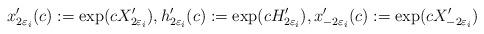
LaTeX: \begin{gather*} x'_{2\varepsilon_i}(c) := \exp (c X'_{2\varepsilon_i} ), h'_{2\varepsilon_i}(c) := \exp (c H'_{2\varepsilon_i} ), x'_{-2\varepsilon_i}(c) := \exp (c X'_{-2\varepsilon_i} ) \end{gather*}